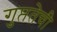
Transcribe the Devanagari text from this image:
गुप्ततेची